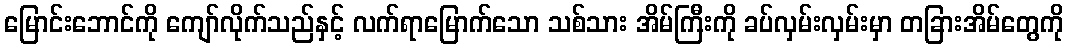
မြောင်းဘောင်ကို ကျော်လိုက်သည်နှင့် လက်ရာမြောက်သော သစ်သား အိမ်ကြီးကို ခပ်လှမ်းလှမ်းမှာ တခြားအိမ်တွေကို